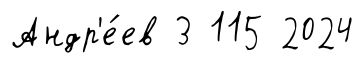
Андр'е́ев 3 115 2024